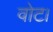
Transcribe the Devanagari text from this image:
वोट।